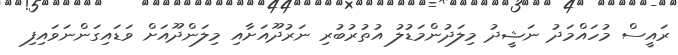
ރަައީސް މުހައްމަދު ނަޝީދު މިލަދުންމަޑުލު އުތުރުބުރި ނަރުދޫއަށާއި މިލަންދޫއަށް ވަޑައިގަންނަވައިފި